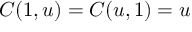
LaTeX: C ( 1 , u ) = C ( u , 1 ) = u